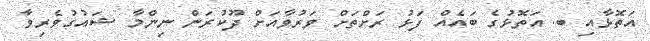
އަތޮޅާއި ބ. އަތޮޅުގެ ބައެއް ފަޅު ރަށްތަށް ވަރުވާއަށް ދޫކުރަން ނިންމާ ޝައުގުވެރިވާ